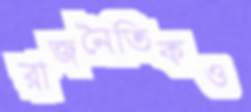
রাজনৈতিকও